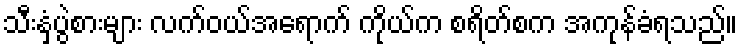
သီးနှံပွဲစားများ လက်ဝယ်အရောက် ကိုယ်က စရိတ်စက အကုန်ခံရသည်။